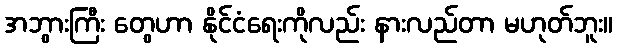
အဘွားကြီး တွေဟာ နိုင်ငံရေးကိုလည်း နားလည်တာ မဟုတ်ဘူး။